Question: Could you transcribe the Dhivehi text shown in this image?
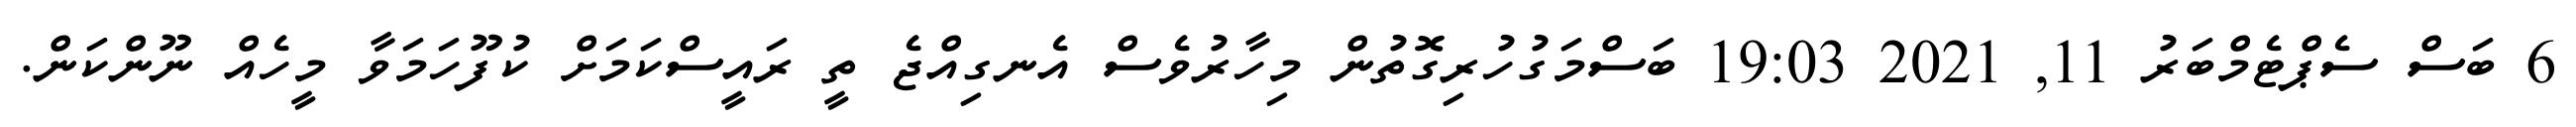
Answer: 6 ބަސް ސެޕްޓެމްބަރު 11, 2021 19:03 ބަސްމަގުހުރިގޮތުން މިހާރުވެސް އެނގިއްޖެ ތީ ރައީސްކަމަށް ކުފޫހަމަވާ މީހެއް ނޫންކަން.